Calcutta medical institutions reports 1892-1900
Year: 1892
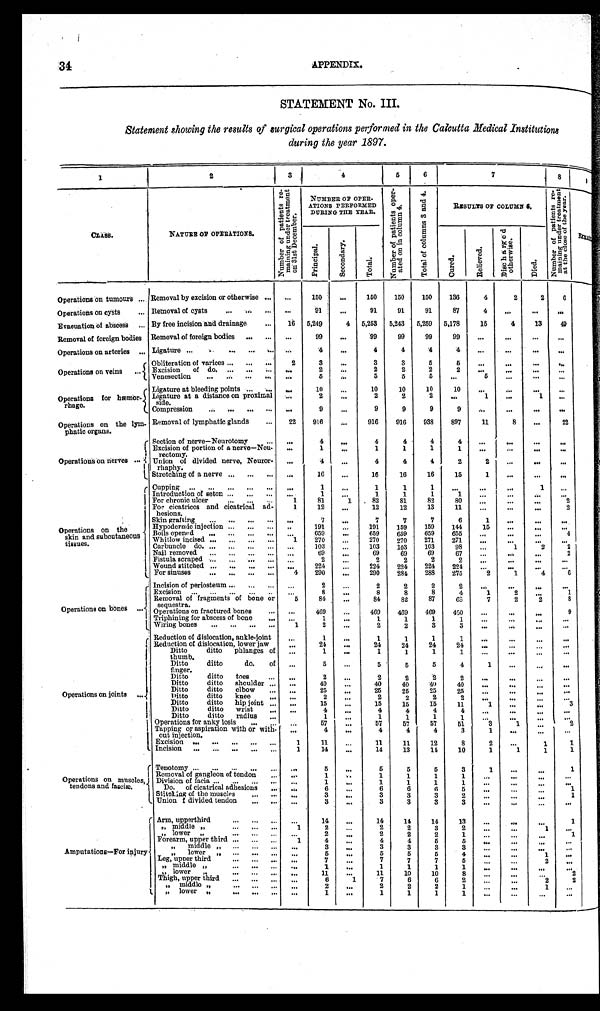
34
APPENDIX.
STATEMENT NO. III.
Statement showing the results of surgical operations performed in the Calcutta Medical Institutions
during the year 1897.
1
2
3
4
5
6
7
8
9
CLASS.
NATURE OF OPERATIONS.
N u m b e r o f p a t i e n t s r e - m a i n i n g u n d e r t r e a t m e n t o n 1 3 s t D e c e m b e r .
NUMBER OF OPER
- AT I ONS PERF ORMED
DURING THE YEAR.
N u m b e r o f p a t i e n t s o p e r - a t e d o n i n c o l u m m 4 .
T o t a l o f c o l u m n s 3 a n d 4 .
RESULTS OF COLUMN 6.
N u m b e r o f p a t i e n t s r e - m a i n i n g u n d e r t r e a t m e n t a t t h e c l o s e o f t h e y e a r .
P r i n c i p a l .
S e c o n d a r y .
T o t a l .
C u r e d .
R e l i e v e d .
D i s c h a r g e d o t h e r w i s e .
D i e d .
R e m a i n e d < i l l e g i b l e >
Operations on tumour's . . . Removal by excision or otherwise . . .
. . .
150
. . .
150
150
150
136
4
2
2
6
Operations on cysts . . . Removal of cysts . . .
. . .
91
. . .
91
91
91
87
4
. . .
. . .
. . .
Evacuation of abscess . . . By free incision and drainage . . .
16
5,249
4
5,253
5,243
5,259
5,178
15
4
13
49
Removal of foreign bodies
Removal of foreign bodies . . .
. . .
99
. . .
99
99
99
99
. . .
. . .
. . .
. . .
Operations on arteries . . . Ligature . . .
. . .
4
. . .
4
4
4
4
. . .
. . .
. . .
. . .
Operations on veins . . .
Obliteration of varices . . .
2
3
. . .
3
3
5
5
. . .
. . .
. . .
. . .
Excision of do. . . .
. . . 2
. . .
2
2
2
2
. . .
. . .
. . .
. . .
Venesection . . .
. . .
5
. . .
5
5
5
. . .
5
. . .
. . .
. . .
Operations for hæmor
-rhage.
Ligature at bleeding points . . .
. . .
1 0
. . .
10
10
10
10
. . .
. . .
. . .
. . .
Ligature at a distance on proximal
side.
. . .
2
. . .
2
2
2
. . .
1
. . .
1
. . .
Compression . . .
. . .
9
. . .
9
9
9
9
. . .
. . .
. . .
. . .
Operations on the lym
-phatic organs.
Removal of lymphatic glands . . .
22
916
. . .
916
916
938
897
11
8
. . .
22
Operations on nerves . . .
Section of nerve—Neurotomy . . .
. . .
4
. . .
4
4
4
4
. . .
. . .
. . .
. . .
Excision of portion of a nerve—Neu
- rectomy.
. . .
1
. . .
1
1
1
1
. . .
. . .
. . .
. . .
Union of divided nerve, Neuror
-rhaphy.
. . .
4
. . .
4
4
4
2
2
. . .
. . .
. . .
Stretching of a nerve . . .
. . .
1 6
. . .
16
16
16
15
1
. . .
. . .
. . .
Operations on the
skin and subcutaneous
tissues.
Cupping . . .
. . . 1
. . .
1
1
1
. . .
. . .
. . .
1
. . .
Introduction of seton . . .
. . .
1
. . .
1
1
1
1
. . .
. . .
. . .
. . .
For chronic ulcer . . .
1
81
1
82
81
82
80
. . . . . .
. . .
2
For cicatrices and cicatrical ad
-hesions.
1
12
. . .
12
12
13
11
. . .
. . .
. . .
2
Skin grafting . . .
. . .
7
. . .
7
7
7
6
1
. . .
.
. .
. . .
Hypodermic injection . . .
. . .
191
. . .
191
159
159
144
15
. . .
. . .
. . .
B o i l s o p e n e d . . .
. . .
659
. . .
659
659
659
655
. . .
. . .
. . .
4
Whitlow incised . . .
1
270
. . .
270
270
271
271
. . .
. . .
. . .
. . .
Carbuncle do. . . .
. . .
103
. . .
103
103
103
98
. . .
1
2
2
Nail removed . . .
. . .
69
. . .
69
69
69
67
. . .
. . .
. . .
2
Fistula scraped . . .
. . .
2
. . .
2
2
2
2
. . .
. . .
. . .
. . .
Wound stitched . . .
. . .
224
. . .
224
224
224
224
. . .
. . .
. . .
. . .
For sinuses . . .
4
290
. . .
290
284
288
275
2
1
4
6
Operations on bones . . .
Incision of p e r i o s t e u m . . .
. . .
2
. . .
2
2
2
2
. . .
. . .
. . .
. . .
Excision . . .
. . .
8
. . .
8
8
8
4
1
2
. . .
1
Removal of fragments of bone or
sequestra . . .
5
84
. . .
84
82
87
68
7
2
2
8
Operations on fractured bones . . .
. . .
469
. . .
469
469
469
450
. . .
. . .
. . .
9
Triphining for abscess of bone . . .
. . .
1
. . .
1
1
1
1
. . .
. . .
. . .
. . .
W i r i n g b o n e s . . .
1
2
. . .
2
2
3
3
. . .
. . .
. . .
. . .
Operations on joints . . .
Reduction of dislocation, ankle-joint
. . .
1
. . .
1
1
1
1
. . .
. . .
. . . . . .
Reduction of dislocation, lower jaw
. . .
24
. . .
24
24
24
24
. . .
. . .
. . .
. . .
Ditto ditto phlanges of
thumb.
. . .
1
. . .
1
1
1
1 . . .
. . .
. . .
. . .
Ditto ditto do. of
finger.
. . .
5
. . .
5
5
5
4
1
. . .
. . .
. . .
Ditto ditto toes . . .
. . .
2
. . .
2
2
2
2
. . .
. . .
. . .
. . .
Ditto ditto shoulder . . .
. . .
40
. . .
40
40
40
40
. . .
. . .
. . .
. . .
Ditto ditto elbow . . .
. . .
25
25
25
25
25
. . .
. . .
. . .
. . .
. . .
Ditto ditto knee . . .
. . .
2
. . .
2
2
2
2
. . .
. . .
. . .
. . .
Ditto ditto hip joint . . .
. . .
15
. . .
15
15
15
11
1
. . .
. . .
3
Ditto ditto wrist . . .
. . .
4
. . .
4
4
4
4
. . .
. . .
. . .
. . .
Ditto ditto radius . . .
1
. . .
1
1
1
1
. . .
. . .
. . .
. . .
Operations for anky losis . . .
. . .
57
. . .
57
57
57
51
3
1
. . .
2
Tapping or aspiration with or with
- o u t i n j e c t i o n .
. . .
4
. . .
4
4
4
3
1
. . .
. . .
. . .
Excision . . .
1
11
. . .
1 1
11
12
8
2
. . .
1
1
Incision . . .
1
14
. . .
14
13
14
10
1
1
1
1
Operations on muscles,
tendons and fasciæ.
Tenotomy . . .
. . .
5
. . .
5
5
5
3
1
. . .
. . .
1
Removal of gangleon of tendon . . .
. . .
1
. . .
1
1
1
1
. . .
. . .
. . .
. . .
Division of facia . . .
. . .
1
. . .
1
1
1
1
. . .
. . .
. . .
. . .
Do. of cicatrical adhesions . . .
. . .
6
. . .
6
6
6
5
. . .
. . .
. . .
1
Stiteling of the muscles . . .
. . .
3
. . .
3
3
3
2
. . .
. . .
. . .
1
Union f divided tendon . . .
. . .
3
. . .
3
3
3
3
. . .
. . .
. . .
. . .
Amputations—For injury
Arm, upperthird . . .
. . .
14
. . .
14
14
14
13
. . .
. . .
. . .
1
" middle " . . .
1
2
. . .
2
2
3
2
. . .
. . .
1
. . .
" " l o w e r " . . .
. . .
2
. . .
2
2
2
1
. . .
. . .
. . .
1
Forearm, upper third . . .
1
4
. . .
4
4
5
5
. . .
. . .
. . .
. . .
" middle " . . .
. . .
3
. . .
3
3
3
3
. . .
. . .
. . .
. . .
" lower " . . .
. . .
5
. . .
5
5
5
4
. . .
. . .
1
. . .
Leg, upper third . . .
. . .
7
. . .
7
7
7
5
. . .
. . .
2
. . .
" middle " . . .
. . .
1
. . .
1
1
1
1
. . .
. . .
. . .
. . .
" lower " . . .
. . .
11
. . .
11
10
10
8
. . .
. . .
. . .
2
Thigh, upper third . . .
. . .
6
1
7
6
6
2
. . .
. . .
2
2
" middle " . . .
. . .
2
. . .
2
2
2
1
. . .
. . .
1
. . .
" lower " . . .
. . .
1
. . .
1
1
1
1
. . .
. . .
. . .
. . .